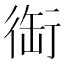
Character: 䘖